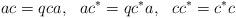
LaTeX: \begin{align*}ac = q ca, ~~ ac^* = q c^*a,~~cc^* = c^*c \end{align*}